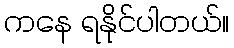
ကနေ ရနိုင်ပါတယ်။